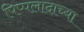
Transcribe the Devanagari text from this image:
पिप्पलादाच्या